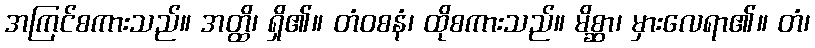
အကြင်စကားသည်။ အတ္ထိ၊ ရှိ၏။ တံဝစနံ၊ ထိုစကားသည်။ မိစ္ဆာ၊ မှားလေရာ၏။ တံ၊